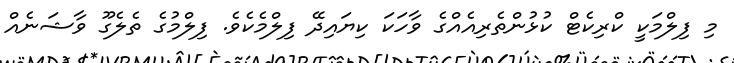
މި ފިލްމަކީ ކްރިކެޓް ކުޅުންތެރިއެއްގެ ވާހަކަ ކިޔައިދޭ ފިލްމެކެވެ. ފިލްމުގެ ތެެލެގޫ ވާޝަނެއް